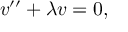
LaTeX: v ^ { \prime \prime } + \lambda v = 0 ,